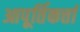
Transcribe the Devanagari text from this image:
आपूर्तिकर्त्ता